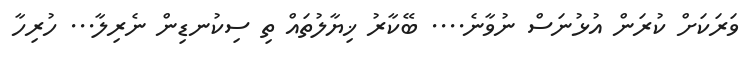
ވަރަކަށް ކުރަން އުޅުނަސް ނުވާނެ.... ބޭކާރު ޚިޔާލުތައް ތި ސިކުނޑިން ނެރިލާ... ހުރިހާ